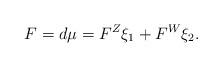
LaTeX: \begin{align*}F = d \mu = F^Z \xi_1 + F^W \xi_2.\end{align*}